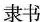
隶书